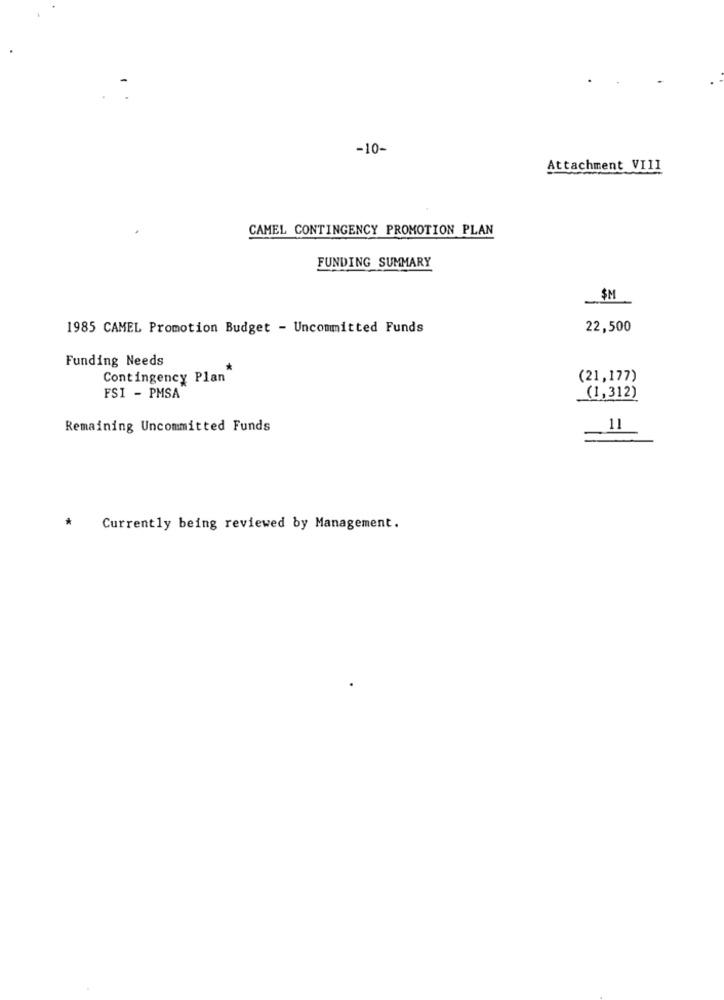
-10-
Attachment VIII
CAMEL CONTINGENCY PROMOTION PLAN
FUNDING SUMMARY
$M
1985 CAMEL Promotion Budget - Uncommitted Funds
22,500
Funding Needs
Contingency Plan
(21,177)
FSI - PMSA
(1,312)
Remaining Uncommitted Funds
11
*
Currently being reviewed by Management.